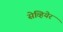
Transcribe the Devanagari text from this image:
सेव्हियेर